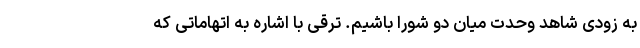
به زودی شاهد وحدت میان دو شورا باشیم. ترقی با اشاره به اتهاماتی که